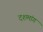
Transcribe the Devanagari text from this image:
दशमांग